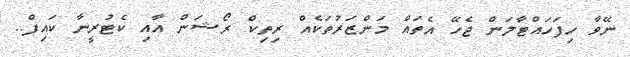
ނޭވާ ހިފަހައްޓާލަން ޖެހޭ އެތައް މަންޒަރުތަކެއް ރިތިކް ރޯޝަން އާއި ކެޓުރީނާ ކައިފް..